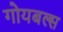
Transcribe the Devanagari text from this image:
गोयबल्स